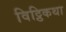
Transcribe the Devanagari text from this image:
विट्ठिकथा